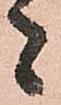
者